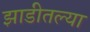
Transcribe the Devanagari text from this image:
झाडीतल्या